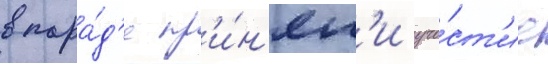
в пара́д'е пр'и́н'ял'и уча́ст'ие